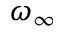
\omega _ { \infty }